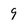
Character: 9